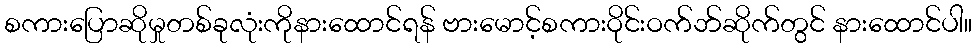
စကားပြောဆိုမှုတစ်ခုလုံးကိုနားထောင်ရန် ဗားမောင့်စကားဝိုင်းဝက်ဘ်ဆိုက်တွင် နားထောင်ပါ။